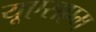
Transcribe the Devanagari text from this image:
यूएसएम